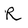
Character: R